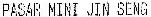
PASAR MINI JIN SENG